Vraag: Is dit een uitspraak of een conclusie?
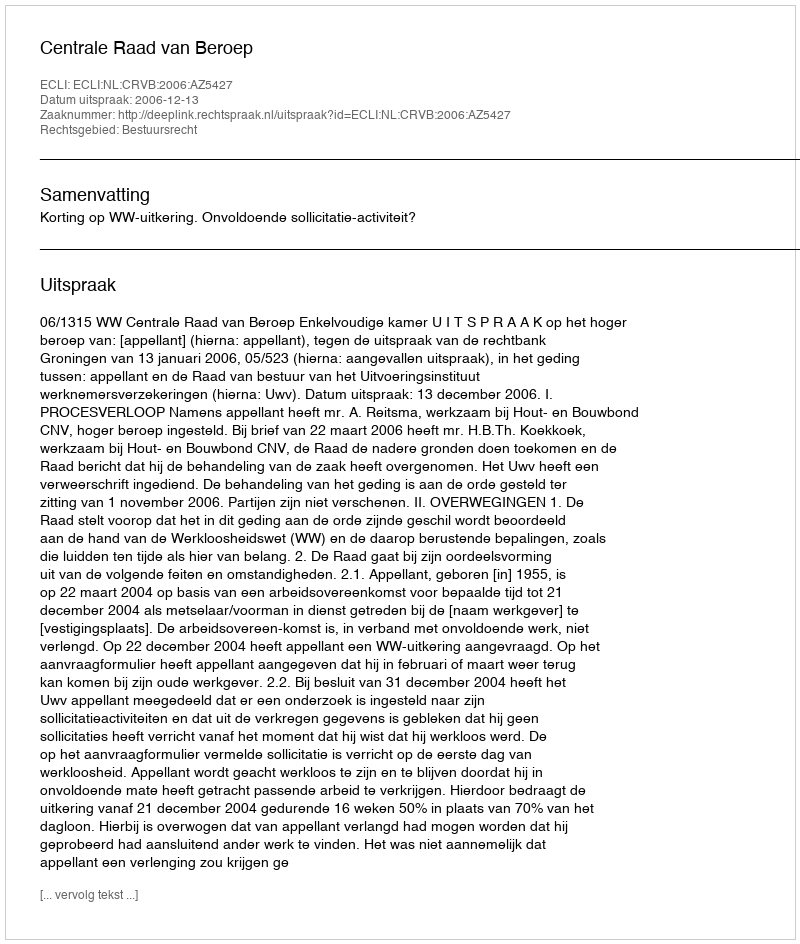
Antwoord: Uitspraak